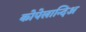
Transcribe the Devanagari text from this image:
कोपेलान्दिअ